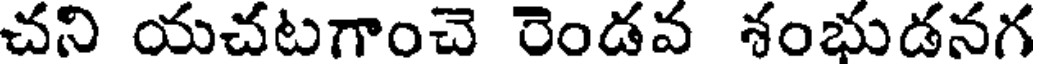
చని యచటగాంచె రెండవ శంభుడనగ